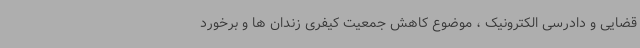
قضایی و دادرسی الکترونیک ، موضوع کاهش جمعیت کیفری زندان ها و برخورد